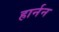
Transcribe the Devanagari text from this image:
हार्नन